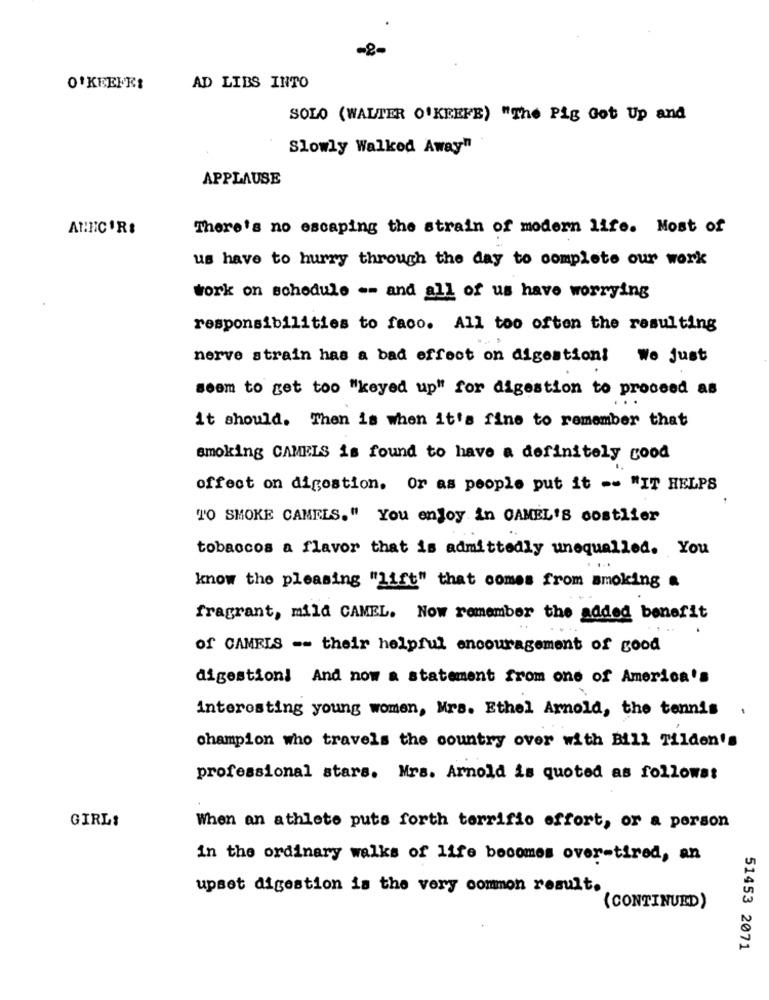
-2-
AD LIBS INTO
SOLO (WALTER O'KEEFE) "The Pig Got Up and
Slowly Walked Away"
APPLAUSE
There's no escaping the strain of modern life. Most of
us have to hurry through the day to complete our work
work on schedule -- and all of us have worrying
responsibilities to faco. All too often the resulting
nerve strain has a bad effect on digestion! We just
seem to get too "keyed up" for digestion to proceed as
it should. Then is when it's fine to remember that
smoking CAMELS is found to have a definitely good
offect on digestion. Or as people put it -- "IT HELPS
TO SMOKE CAMELS." You enjoy in CAMEL'S costlier
tobaccos a flavor that is admittedly unequalled. You
know the pleasing "lift" that comes from smoking a
fragrant, mild CAMEL. Now remember the added benefit
of CAMELS -- their helpful encouragement of good
digestion! And now a statement from one of America's
interesting young women, Mrs. Ethel Arnold, the tennis
champion who travels the country over with Bill Tilden's
professional stars. Mrs. Arnold is quoted as follows:
GIRL:
When an athlete puts forth terrific effort, or a person
in the ordinary walks of life becomes over-tired, an
upset digestion is the very common result.
(CONTINUED)
51453 2071